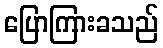
ပြောကြားခသည်